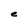
Character: e